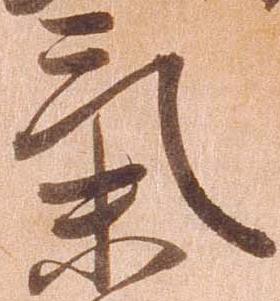
気